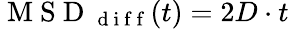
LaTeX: \mathrm{~M~S~D~}_{\mathrm{~d~i~f~f~}}(t)=2D\cdot t